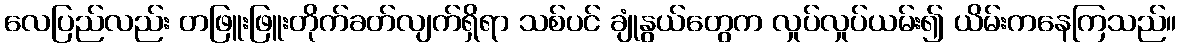
လေပြည်လည်း တဖြူးဖြူးတိုက်ခတ်လျက်ရှိရာ သစ်ပင် ချုံနွယ်တွေက လှုပ်လှုပ်ယမ်း၍ ယိမ်းကနေကြသည်။